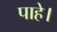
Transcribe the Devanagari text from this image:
पाहे।